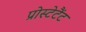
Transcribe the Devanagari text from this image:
प्रोस्टेटैंट